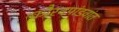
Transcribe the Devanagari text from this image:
कौरवपांडवांत